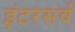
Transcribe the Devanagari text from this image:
इंटरसर्व